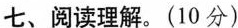
七、阅读理解。(10 分)